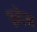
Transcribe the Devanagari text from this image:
क़देम